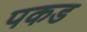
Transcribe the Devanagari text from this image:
पकड